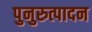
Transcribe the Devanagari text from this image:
पुनुरुत्पादन